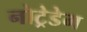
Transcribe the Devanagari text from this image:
नोट्रेडेम